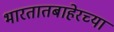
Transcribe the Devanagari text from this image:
भारतातबाहेरच्या